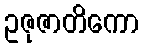
ဥဇုဇာတိကော